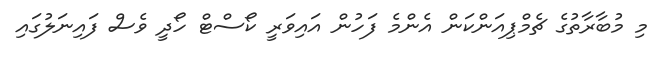
މި މުބާރާތުގެ ޗެމްޕިއަންކަން އެންމެ ފަހުން އައިވަރީ ކޯސްޓް ހޯދީ ވެސް ފައިނަލުގައި